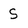
Character: S